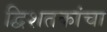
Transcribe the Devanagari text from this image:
द्विशतकांचा